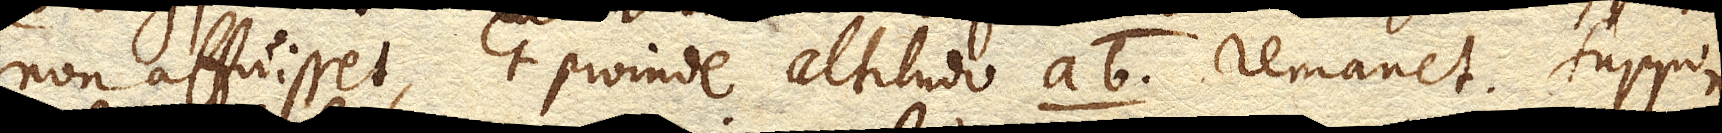
non affuisset, et proinde altitudo ab. remanet. Suppono